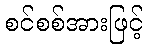
စင်စစ်အားဖြင့်